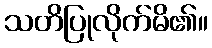
သတိပြုလိုက်မိ၏။